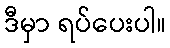
ဒီမှာ ရပ်ပေးပါ။